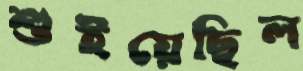
শুইয়েছিল